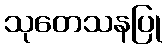
သုတေသနပြု